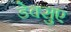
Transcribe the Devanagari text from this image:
डेक्सुए